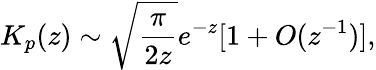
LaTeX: K_{p}(z)\sim\sqrt{{\frac{\pi}{2z}}}e^{-z}[1+O(z^{-1})],